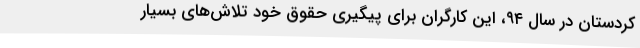
کردستان در سال ۹۴، این کارگران برای پیگیری حقوق خود تلاش‌های بسیار